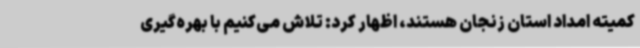
کمیته امداد استان زنجان هستند، اظهار کرد: تلاش می‌کنیم با بهره‌گیری